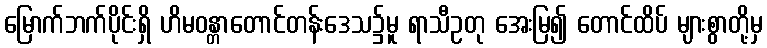
မြောက်ဘက်ပိုင်းရှိ ဟိမဝန္တာတောင်တန်းဒေသ၌မူ ရာသီဥတု အေးမြ၍ တောင်ထိပ် များစွာတို့မှ